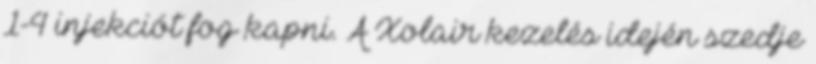
1-4 injekciót fog kapni. A Xolair kezelés idején szedje